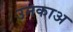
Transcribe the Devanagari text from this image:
उनकाअ